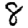
Digit: 8